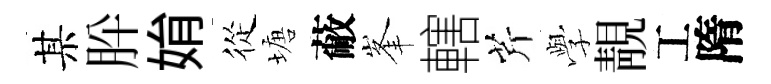
某肸姢從塘蔽峯轄芹𫝯靚工隋